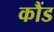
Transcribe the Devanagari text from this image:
कौंड